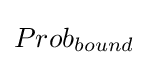
Prob_{bound}